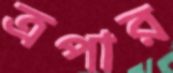
ত্রপার